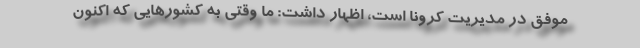
موفق در مدیریت کرونا است، اظهار داشت: ما وقتی به کشورهایی که اکنون